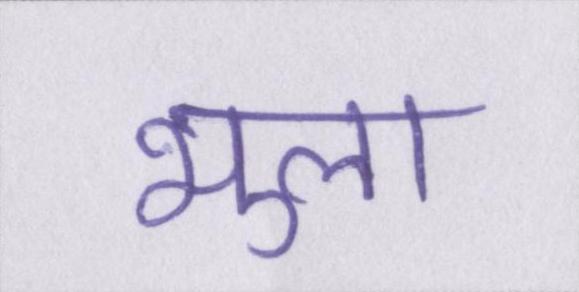
भुला